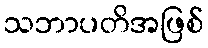
သဘာပတိအဖြစ်